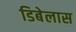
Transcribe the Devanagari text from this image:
डिबेलास